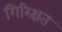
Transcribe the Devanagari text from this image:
गिरिक्षत